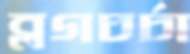
ব্লগচর্চা